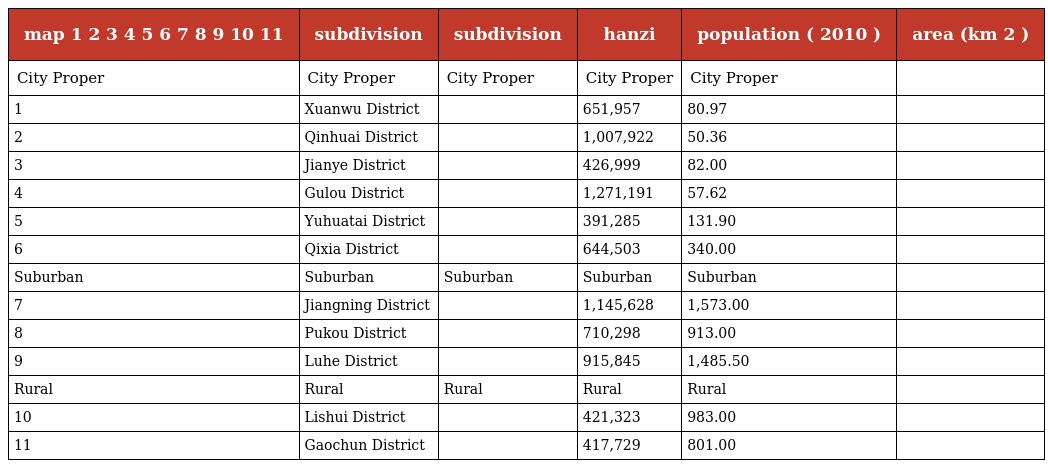
| map 1 2 3 4 5 6 7 8 9 10 11 | subdivision | subdivision | hanzi | population ( 2010 ) | area (km 2 ) |
 | --- | --- | --- | --- | --- | --- |
 | City Proper | City Proper | City Proper | City Proper | City Proper |  |
 | 1 | Xuanwu District | 玄武区 | 651,957 | 80.97 |  |
 | 2 | Qinhuai District | 秦淮区 | 1,007,922 | 50.36 |  |
 | 3 | Jianye District | 建邺区 | 426,999 | 82.00 |  |
 | 4 | Gulou District | 鼓楼区 | 1,271,191 | 57.62 |  |
 | 5 | Yuhuatai District | 雨花台区 | 391,285 | 131.90 |  |
 | 6 | Qixia District | 栖霞区 | 644,503 | 340.00 |  |
 | Suburban | Suburban | Suburban | Suburban | Suburban |  |
 | 7 | Jiangning District | 江宁区 | 1,145,628 | 1,573.00 |  |
 | 8 | Pukou District | 浦口区 | 710,298 | 913.00 |  |
 | 9 | Luhe District | 六合区 | 915,845 | 1,485.50 |  |
 | Rural | Rural | Rural | Rural | Rural |  |
 | 10 | Lishui District | 溧水区 | 421,323 | 983.00 |  |
 | 11 | Gaochun District | 高淳区 | 417,729 | 801.00 |  |